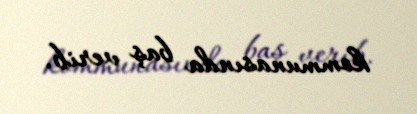
kommunasında baş verib.